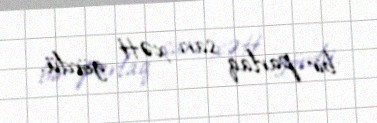
bir parlaq sarı xətt gördü.